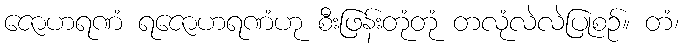
ဇောဟရဏံ ရဇောဟရဏံဟု စီးဖြန်းတုံတုံ တလုံလဲလဲပြုစဉ်။ တံ၊